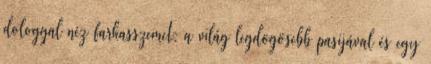
dologgal néz farkasszemet: a világ legdögösebb pasijával és egy